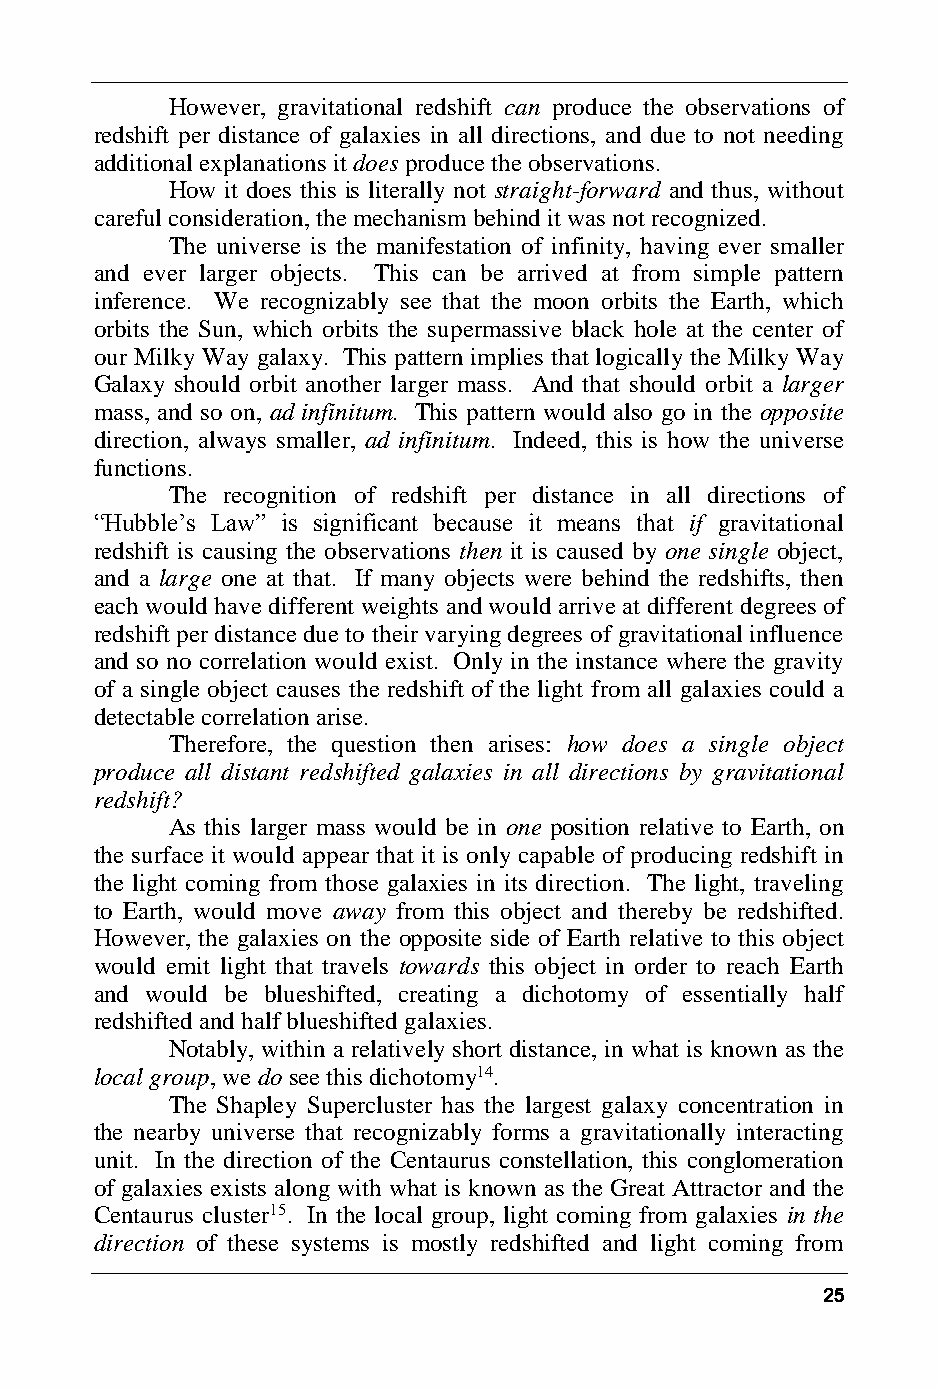
However, gravitational redshift can produce the observations of
 redshift per distance of galaxies in all directions, and due to not needing
 additional explanations it does produce the observations.
 How it does this is literally not straight-forward and thus, without
 careful consideration, the mechanism behind it was not recognized.
 The universe is the manifestation of infinity, having ever smaller
 and ever larger objects. This can be arrived at from simple pattern
 inference. We recognizably see that the moon orbits the Earth, which
 orbits the Sun, which orbits the supermassive black hole at the center of
 our Milky Way galaxy. This pattern implies that logically the Milky Way
 Galaxy should orbit another larger mass. And that should orbit a larger
 mass, and so on, ad infinitum. This pattern would also go in the opposite
 direction, always smaller, ad infinitum. Indeed, this is how the universe
 functions.
 The recognition of redshift per distance in all directions of
 “Hubble’s Law” is significant because it means that if gravitational
 redshift is causing the observations then it is caused by one single object,
 and a large one at that. If many objects were behind the redshifts, then
 each would have different weights and would arrive at different degrees of
 redshift per distance due to their varying degrees of gravitational influence
 and so no correlation would exist. Only in the instance where the gravity
 of a single object causes the redshift of the light from all galaxies could a
 detectable correlation arise.
 Therefore, the question then arises: how does a single object
 produce all distant redshifted galaxies in all directions by gravitational
 redshift?
 As this larger mass would be in one position relative to Earth, on
 the surface it would appear that it is only capable of producing redshift in
 the light coming from those galaxies in its direction. The light, traveling
 to Earth, would move away from this object and thereby be redshifted.
 However, the galaxies on the opposite side of Earth relative to this object
 would emit light that travels towards this object in order to reach Earth
 and would be blueshifted, creating a dichotomy of essentially half
 redshifted and half blueshifted galaxies.
 Notably, within a relatively short distance, in what is known as the
 local group, we do see this dichotomy14.
 The Shapley Supercluster has the largest galaxy concentration in
 the nearby universe that recognizably forms a gravitationally interacting
 unit. In the direction of the Centaurus constellation, this conglomeration
 of galaxies exists along with what is known as the Great Attractor and the
 Centaurus cluster15. In the local group, light coming from galaxies in the
 direction of these systems is mostly redshifted and light coming from
 25